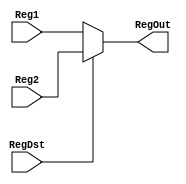
module MuxInstruction (Reg1, Reg2, RegOut, RegDst);

	input [31:0] Reg1, Reg2;
	input RegDst;
	output reg [31:0] RegOut;
	
	always @ (*)
		begin
			if (RegDst)
				RegOut <= Reg2;
			else
				RegOut <= Reg1;
		end
	
endmodule